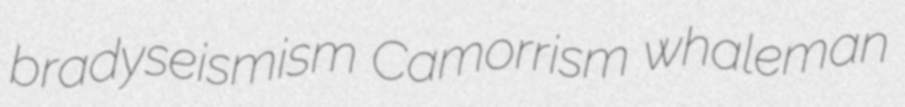
bradyseismism Camorrism whaleman